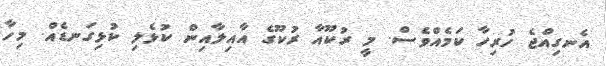
އެނގިއްޖެ ހުރިހާ ކަމެއްވެސް. މީ ރުކޫއާ ރުކޫގެ އާއިލާއިން ކުޅެލި ކުޅިގަނޑެއް. މިހާ